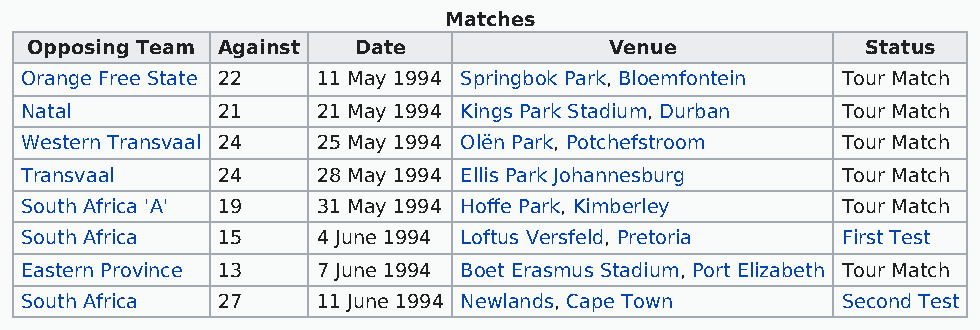
Matches
 Opposing Team Against Date            Venue            Status
 Orange Free State 22 11 May 1994 Springbok Park, Bloemfontein Tour Match
 Natal        21     21 May 1994 Kings Park Stadium, Durban Tour Match
 Western Transvaal 24 25 May 1994 Olën Park, Potchefstroom Tour Match
 Transvaal    24     28 May 1994 Ellis Park Johannesburg Tour Match
 South Africa 'A' 19 31 May 1994 Hoffe Park, Kimberley  Tour Match
 South Africa 15     4 June 1994 Loftus Versfeld, Pretoria First Test
 Eastern Province 13 7 June 1994 Boet Erasmus Stadium, Port Elizabeth Tour Match
 South Africa 27     11 June 1994 Newlands, Cape Town   Second Test